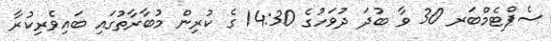
ސެޕްޓެމްބަރ 30 ވާ ބުދަ ދުވަހުގެ 14:30 ގެ ކުރިން މުބާރާތުގައި ބައިވެރިކުރާ